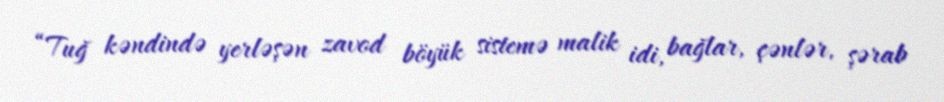
“Tuğ kəndində yerləşən zavod böyük sistemə malik idi, bağlar, çənlər, şərab